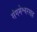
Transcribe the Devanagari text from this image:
संगमेश्वरसह